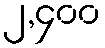
၂,၄၀၀